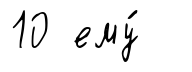
10 ему́